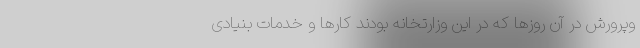
‌وپرورش در آن روز‌ها که در این وزارتخانه بودند کار‌ها و خدمات بنیادی